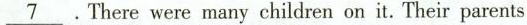
\underline{7}.There were many children on it. Their parents